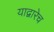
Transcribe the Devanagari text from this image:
याद्वारेच